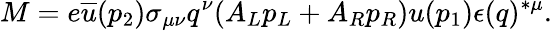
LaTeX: M=e\overline{{{u}}}(p_{2})\sigma_{\mu\nu}q^{\nu}(A_{L}p_{L}+A_{R}p_{R})u(p_{1})\epsilon(q)^{*\mu}.